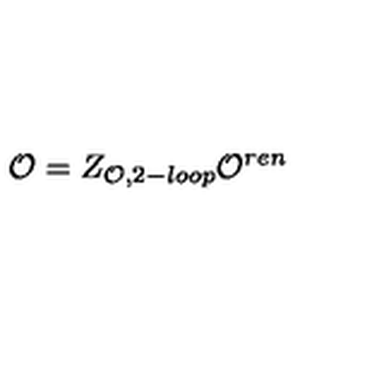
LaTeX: { \cal O } = Z _ { { \cal O } , 2 - l o o p } { \cal O } ^ { r e n }